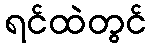
ရင်ထဲတွင်